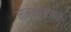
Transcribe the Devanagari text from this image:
मोनोक्रोटोफास